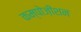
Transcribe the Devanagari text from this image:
कम्पोज़ीशन